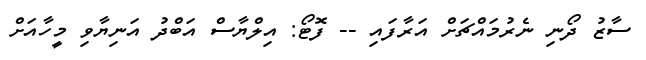
ސާޒު ދޯނި ނެރުމައްޗަށް އަރާފައި -- ފޮޓޯ: އިލްޔާސް އަބްދު އަނިޔާވި މީހާއަށް